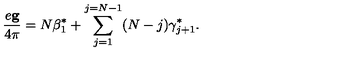
\frac { e { \bf g } } { 4 \pi } = N { \mathrm { \boldmath \beta } } _ { 1 } ^ { * } + \sum _ { j = 1 } ^ { j = N - 1 } ( N - j ) { \mathrm { \boldmath \gamma } } _ { j + 1 } ^ { * } .